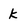
Character: k